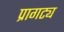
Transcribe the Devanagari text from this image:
प्रागट्य